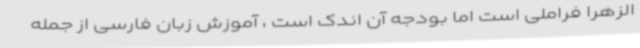
الزهرا فراملی است اما بودجه آن اندک است ، آموزش زبان فارسی از جمله